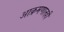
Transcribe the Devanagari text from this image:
आक्रमणातही